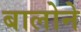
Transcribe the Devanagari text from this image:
बालोने